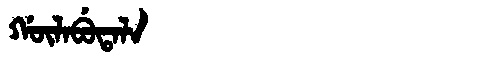
Manchu: ᡤᡡᠯᠠᠪᡠᡨᠠᠯᠠ
Romanization: GŪLABUTALA